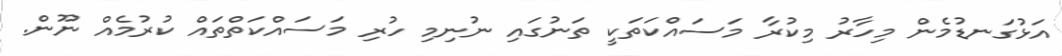
އަޅުގަނޑުމެން މިހާރު މިކުރާ މަސައްކަތަކީ ތަނުގައި ނުނިމި ހުރި މަސައްކަތްތައް ކުރުމެއް ނޫން.